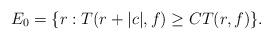
LaTeX: \begin{align*}E_0=\{r:T(r+|c|,f)\geq CT(r,f)\}.\end{align*}